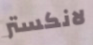
لانكستر